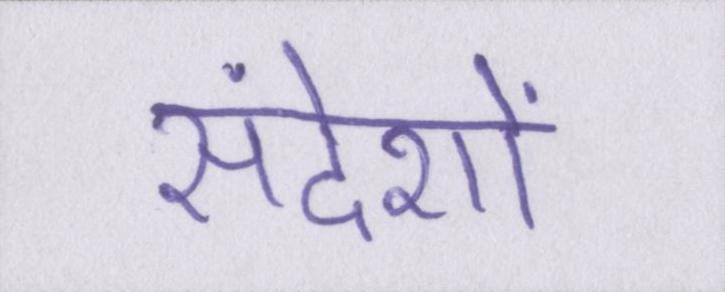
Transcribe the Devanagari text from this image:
संदेशों